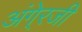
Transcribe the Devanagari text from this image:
अंगे्रजी